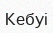
Кебуі